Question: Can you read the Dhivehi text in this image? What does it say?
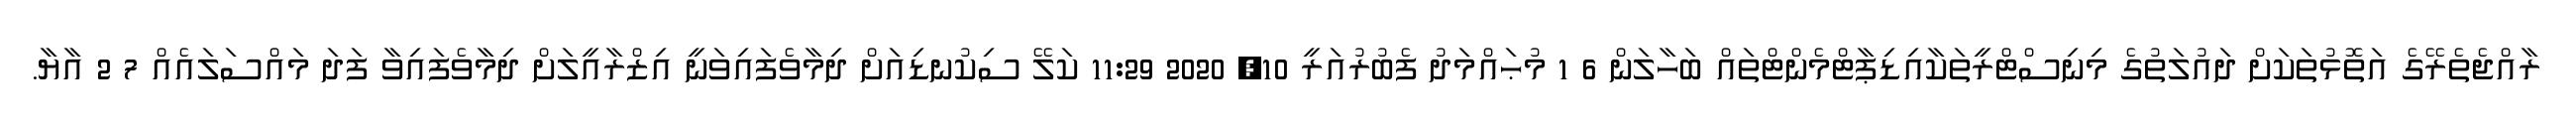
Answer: ރާއްޖެތެރޭގެ އަތޮޅުތަކަށް ދައުލަތުގެ މިނިސްޓްރީތަކާއިޑިޕާޓްމެންޓްތައް ބަހާލަން 6 1 މުޙައްމަދު ފެބުރުއަރީ 10, 2020 11:29 ކަލޭ ސިކުނޑިއަށް ދިމާވެފައިވަނީ އިޒްރާއީލަށް ދިމާވެފައިވާ ފަދަ މައްސަލައެއް 7 2 އާޔާ.